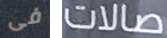
فى صالات